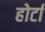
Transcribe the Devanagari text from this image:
होर्टा